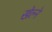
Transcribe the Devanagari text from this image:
खेल्ने